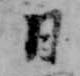
日